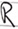
Text: R